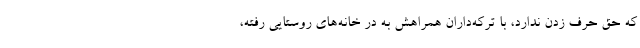
که حق حرف زدن ندارد، با ترکه‌داران همراهش به در خانه‌های روستایی رفته،